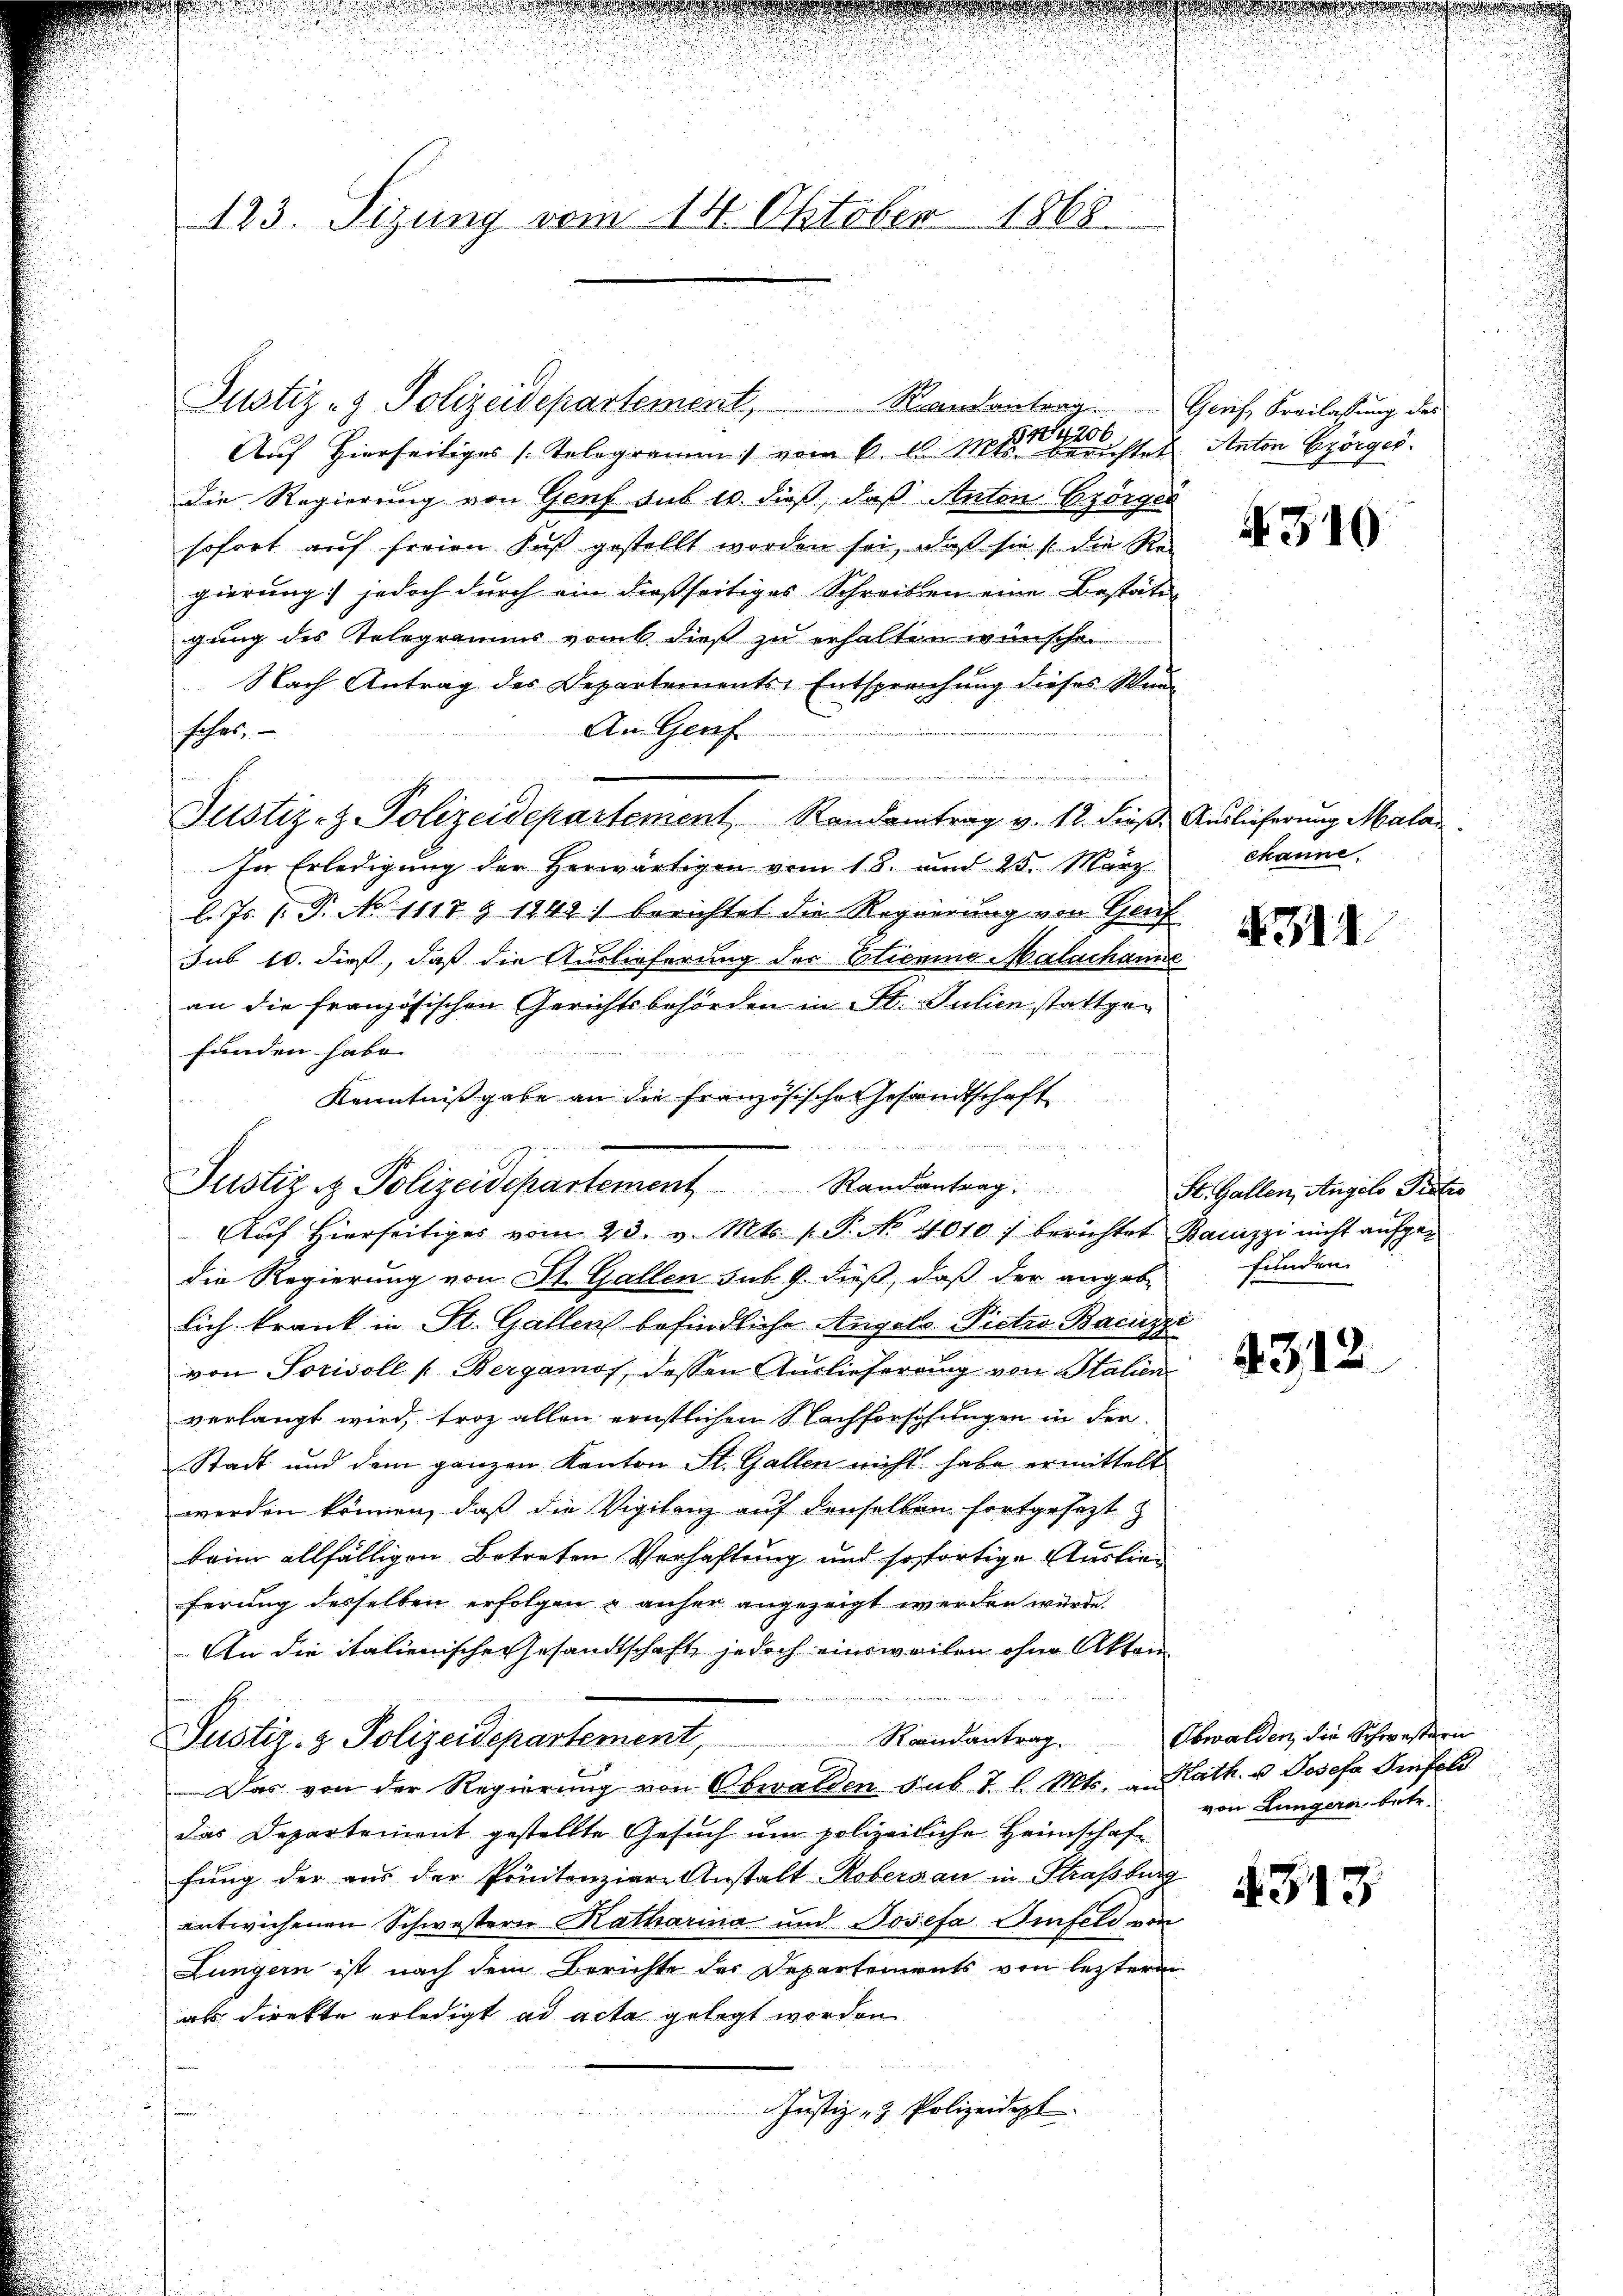
123. Sizung vom 14. Oktober 1868.

Justiz- & Polizeidepartement, Randantrag ..  ..  Gerich, Freilassung des
Auf Hierseitiges Telegramm vom 6. 12. Mittelsten Anton Görger
die Regierung von Genf sub 10. dieß, daß Anton Czörger
sofort auf freien Fuß gestellt worden sei, daß sie s. die Regierung) jedoch durch ein dießseitiges Schreiben eine Bestäti-
gung des Telegramms vom 6. dieß zu erhalten wünschen
Nach Antrag des Departements-Entsprechung dieses Weide
An Genf
hoher.
Justiz- & Polizeidepartement Randantrag v. 12. dieß. Auslieferung Malan
In Erledigung der Herwärtigen vom 18. und 25. März.
l. Js. P. P. No 1117 § 1242) berichtet die Regierung von Genf
sub 14. dieß, daß die Auslieferung der Etiemine Malachanne
an die französischen Gerichtsbehörden in St. Julien stattge¬

funden habe.
Kenntnißgabe an die Französische Gesandtschaft

Justiz & Polizeidepartement Randantrag
Auf hierseitiges vom 23. v. Mts. f. P. Nr. 4010 / berichtet Bauizzi nicht aufge¬

die Regierung von St. Gallen sub. 9. dieß, daß der angeben funden.
lich krank in St. Gallen befindliche Angels Victro Bacuzzi
von Sorisoll (Bergamos, dessen Auslieferung von Stalien
verlangt wird, troz allen ernstlichen Nachforschungen in der
Stadt und dem ganzen Kanton St. Gallen nicht habe ermittelt
werden können, daß die Vigilanz auf denselben fortgesezt
beim allfälligen Betreten Verhaftung und sofortige Auslieferung desselben erfolgen & anher angezeigt werden würde.
An die italienischer Gesandtschaft jedoch einsweilen ohne Akten
Justiz- & Polizeidepartement,                 Randantrag.
Das von der Regierung von Obwalden sub 7 l. Mts. an Kath. u. Josefa Iinfeld
das Departement gestellte Gesuch um polizeiliche Heimschaft
fung der aus der Printenziare Anstalt Robersau in Straßburg
entwichenen Schwestern Katharina und Josefa Pinfeld von
Lungern ist nach dem Berichte der Departements von letzteren
als direkte erledigt ad acta gelegt worden
Justiz- & Polizeidigt

4310

channe.

4314

St. Gallen, Angelo Proto

4312.

Obwalden, die Schwestern
von Lungern betr.

4313